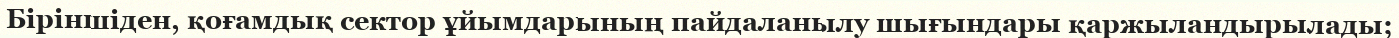
Біріншіден, қоғамдық сектор ұйымдарының пайдаланылу шығындары қаржыландырылады;